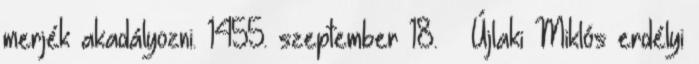
merjék akadályozni. 1455. szeptember 18. – Újlaki Miklós erdélyi